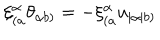
\xi _ { ( a } ^ { \alpha } \theta _ { \alpha b ) } = - \xi _ { ( a } ^ { \alpha } u _ { | \alpha | b ) }